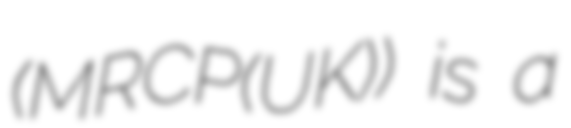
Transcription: (MRCP(UK)) is a